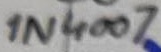
Text: 1N4007